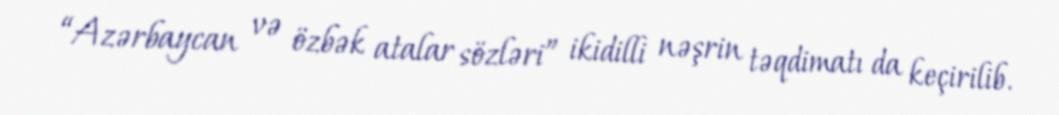
“Azərbaycan və özbək atalar sözləri” ikidilli nəşrin təqdimatı da keçirilib.